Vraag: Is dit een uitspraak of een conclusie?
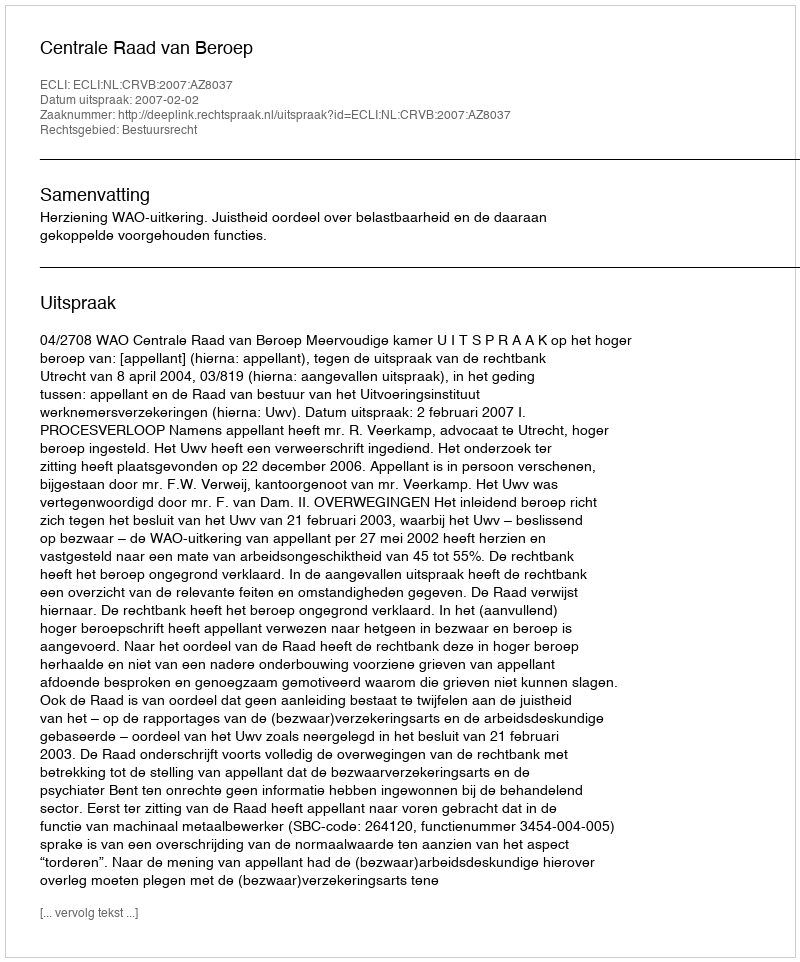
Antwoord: Uitspraak